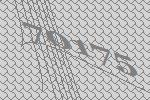
70175